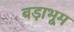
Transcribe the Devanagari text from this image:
बड़ाभूम